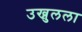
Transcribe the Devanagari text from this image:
उख्रुलला